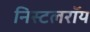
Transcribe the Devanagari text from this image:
निस्टलरॉय